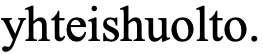
yhteishuolto.